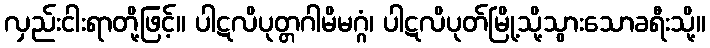
လှည်းငါးရာတို့ဖြင့်။ ပါဋလိပုတ္တဂါမိမဂ္ဂံ၊ ပါဋလိပုတ်မြို့သို့သွားသောခရီးသို့။